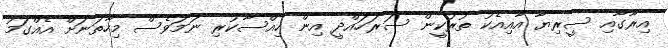
އިރާގާއި ސީރިޔާ އާއިއެކު ތުރުކީން ސަރަހައްދީ އިން ހިއްސާކުރި ނަމަވެސް މިހާތަނަށް އެއްގަމު